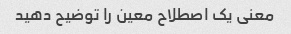
معنی یک اصطلاح معین را توضیح دهید